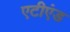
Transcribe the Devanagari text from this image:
एटीएंड